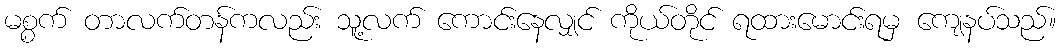
မစ္စက် တာလက်တန်ကလည်း သူ့လက် ကောင်းနေလျှင် ကိုယ်တိုင် ရထားမောင်းရမှ ကျေနပ်သည်။